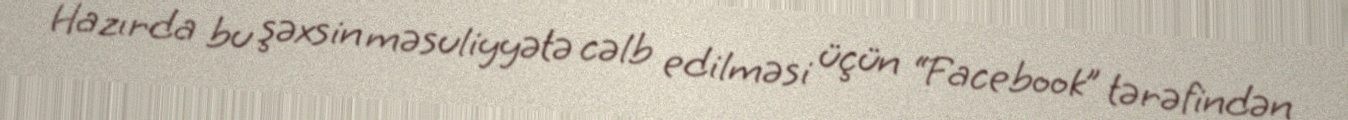
Hazırda bu şəxsin məsuliyyətə cəlb edilməsi üçün “Facebook” tərəfindən